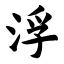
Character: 浮